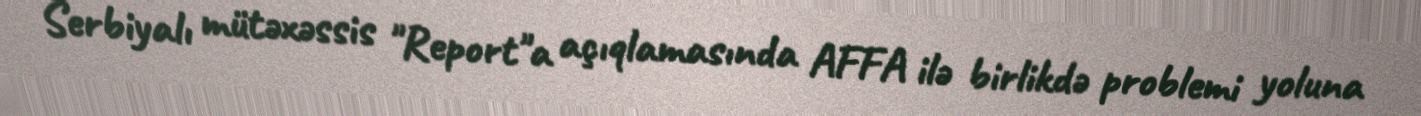
Serbiyalı mütəxəssis "Report"a açıqlamasında AFFA ilə birlikdə problemi yoluna